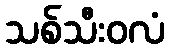
သစ်သီးဝလံ